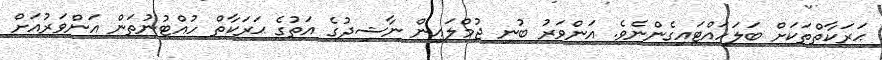
ޙަރަކާތްތަކަށް ބަލަހައްޓައިގެންނެވެ. އަންވަރު ބުނި ޖުމްލައިން ނާޝިދުގެ އަތުގެ ޙަރަކާތް ހުއްޓުނުތަން އަންވަރުއަށް